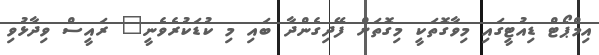
އިމްޕޯޓް ޑިއުޓީގައި މިވާގޮތަކީ މިގޮތަށް ފޭދިގެންދާ ބައި މި ކުޑަކުރެވެނީ" ރައީސް ވިދާޅުވި